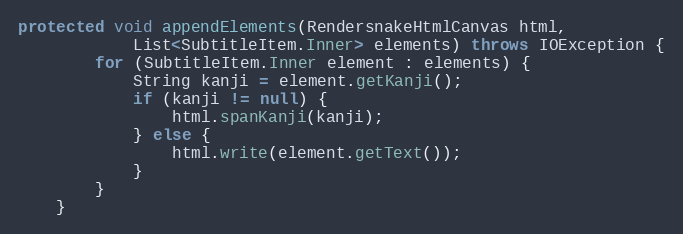
Language: Java
protected void appendElements(RendersnakeHtmlCanvas html,
			List<SubtitleItem.Inner> elements) throws IOException {
		for (SubtitleItem.Inner element : elements) {
			String kanji = element.getKanji();
			if (kanji != null) {
				html.spanKanji(kanji);
			} else {
				html.write(element.getText());
			}
		}
	}